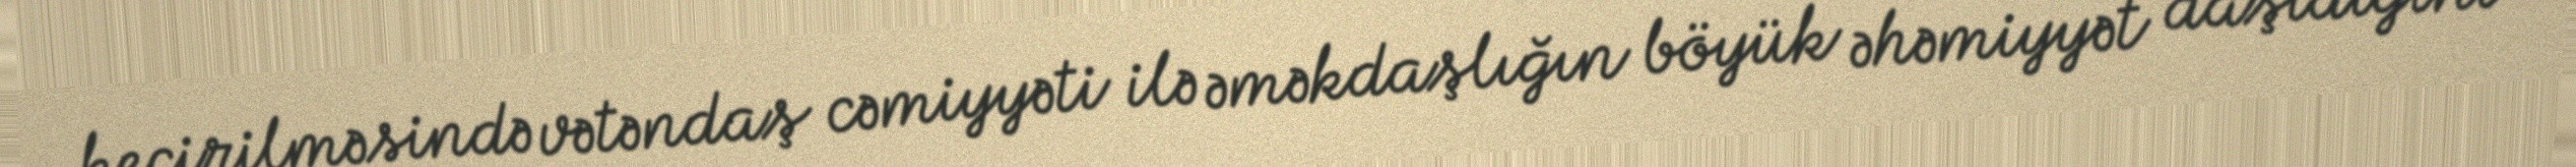
keçirilməsində vətəndaş cəmiyyəti ilə əməkdaşlığın böyük əhəmiyyət daşıdığını